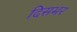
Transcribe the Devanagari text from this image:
दिसभर